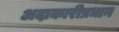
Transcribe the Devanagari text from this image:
अदाकारीप्रधान